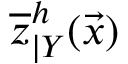
\overline { { z } } _ { \vert Y } ^ { h } ( \vec { x } )